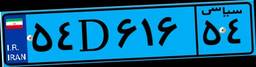
۴۵D۴۲۱۶۱